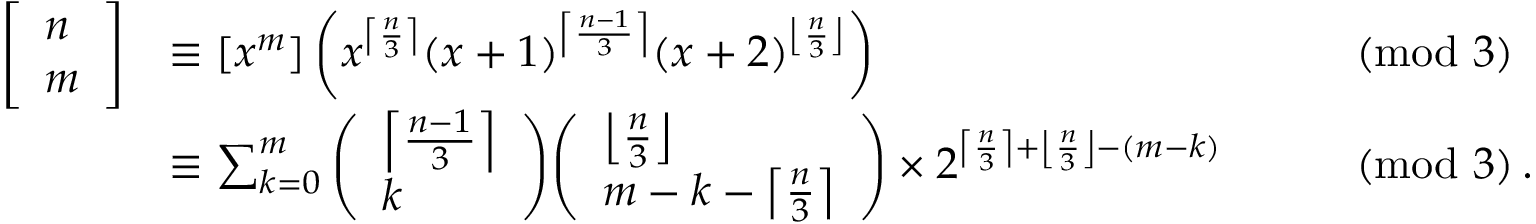
{ \begin{array} { r l r l } { { \left[ \begin{array} { l } { n } \\ { m } \end{array} \right] } } & { \equiv [ x ^ { m } ] \left( x ^ { \left\lceil { \frac { n } { 3 } } \right\rceil } ( x + 1 ) ^ { \left\lceil { \frac { n - 1 } { 3 } } \right\rceil } ( x + 2 ) ^ { \left\lfloor { \frac { n } { 3 } } \right\rfloor } \right) } & & { { \pmod { 3 } } } \\ & { \equiv \sum _ { k = 0 } ^ { m } { \left( \begin{array} { l } { \left\lceil { \frac { n - 1 } { 3 } } \right\rceil } \\ { k } \end{array} \right) } { \left( \begin{array} { l } { \left\lfloor { \frac { n } { 3 } } \right\rfloor } \\ { m - k - \left\lceil { \frac { n } { 3 } } \right\rceil } \end{array} \right) } \times 2 ^ { \left\lceil { \frac { n } { 3 } } \right\rceil + \left\lfloor { \frac { n } { 3 } } \right\rfloor - ( m - k ) } } & & { { \pmod { 3 } } \, . } \end{array} }